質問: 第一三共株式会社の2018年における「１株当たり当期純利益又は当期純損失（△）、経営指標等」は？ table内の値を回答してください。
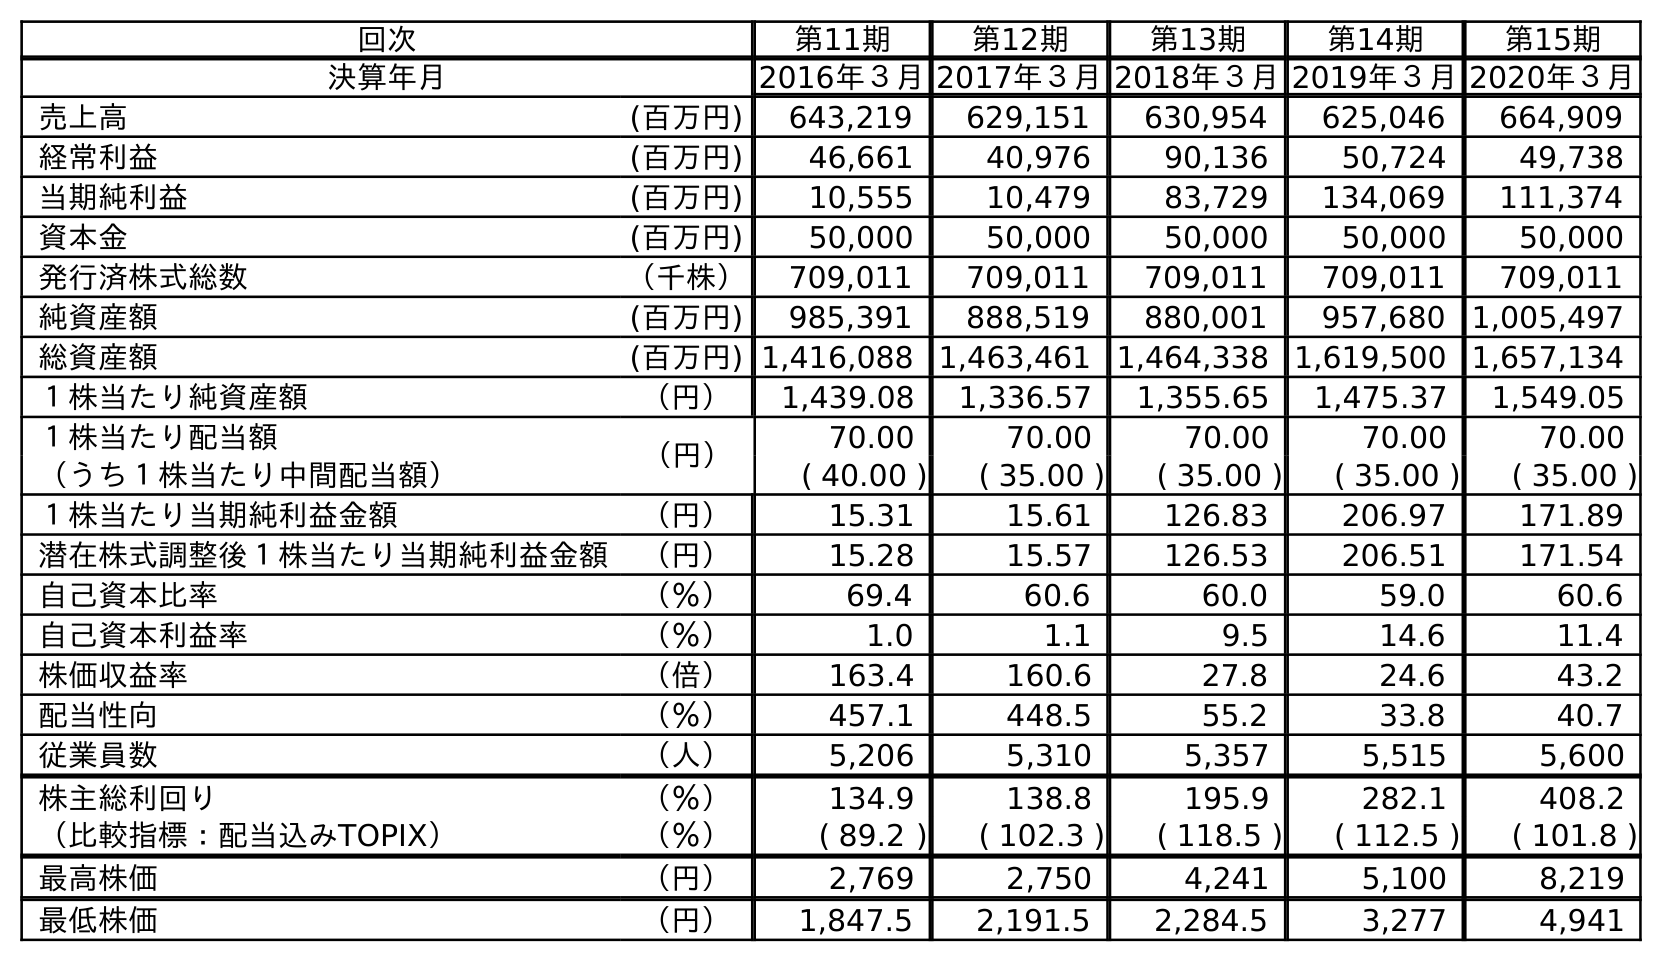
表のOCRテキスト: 回次 第11期 第12期 第13期 第14期 第15期 決算年月 2016年３月2017年３月2018年３月2019年３月2020年３月 売上高 (百万円) 643,219 629,151 630,954 625,046 664,909 経常利益 (百万円) 46,661 40,976 90,136 50,724 49,738 当期純利益 (百万円) 10,555 10,479 83,729 134,069 111,374 資本金 (百万円) 50,000 50,000 50,000 50,000 50,000 発行済株式総数 （千株） 709,011 709,011 709,011 709,011 709,011 純資産額 (百万円) 985,391 888,519 880,001 957,680 1,005,497 総資産額 (百万円) 1,416,088 1,463,461 1,464,338 1,619,500 1,657,134 １株当たり純資産額 （円） 1,439.08 1,336.57 1,355.65 1,475.37 1,549.05 １株当たり配当額 （円） 70.00 70.00 70.00 70.00 70.00 （うち１株当たり中間配当額） ( 40.00 ) ( 35.00 ) ( 35.00 ) ( 35.00 ) ( 35.00 ) １株当たり当期純利益金額 （円） 15.31 15.61 126.83 206.97 171.89 潜在株式調整後１株当たり当期純利益金額 （円） 15.28 15.57 126.53 206.51 171.54 自己資本比率 （％） 69.4 60.6 60.0 59.0 60.6 自己資本利益率 （％） 1.0 1.1 9.5 14.6 11.4 株価収益率 （倍） 163.4 160.6 27.8 24.6 43.2 配当性向 （％） 457.1 448.5 55.2 33.8 40.7 従業員数 （人） 5,206 5,310 5,357 5,515 5,600 株主総利回り （％） 134.9 138.8 195.9 282.1 408.2 （比較指標：配当込みTOPIX） （％） ( 89.2 ) ( 102.3 ) ( 118.5 ) ( 112.5 ) ( 101.8 ) 最高株価 （円） 2,769 2,750 4,241 5,100 8,219 最低株価 （円） 1,847.5 2,191.5 2,284.5 3,277 4,941
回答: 126.83